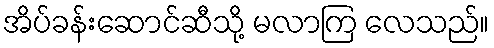
အိပ်ခန်းဆောင်ဆီသို့ မလာကြ လေသည်။